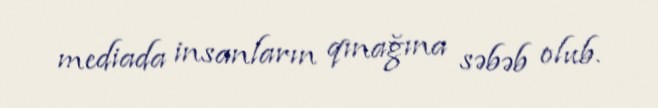
mediada insanların qınağına səbəb olub.